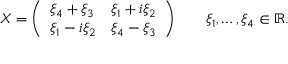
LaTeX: X = { \left( \begin{array} { l l } { \xi _ { 4 } + \xi _ { 3 } } & { \xi _ { 1 } + i \xi _ { 2 } } \\ { \xi _ { 1 } - i \xi _ { 2 } } & { \xi _ { 4 } - \xi _ { 3 } } \end{array} \right) } \qquad \xi _ { 1 } , \ldots , \xi _ { 4 } \in \mathbb { R } .